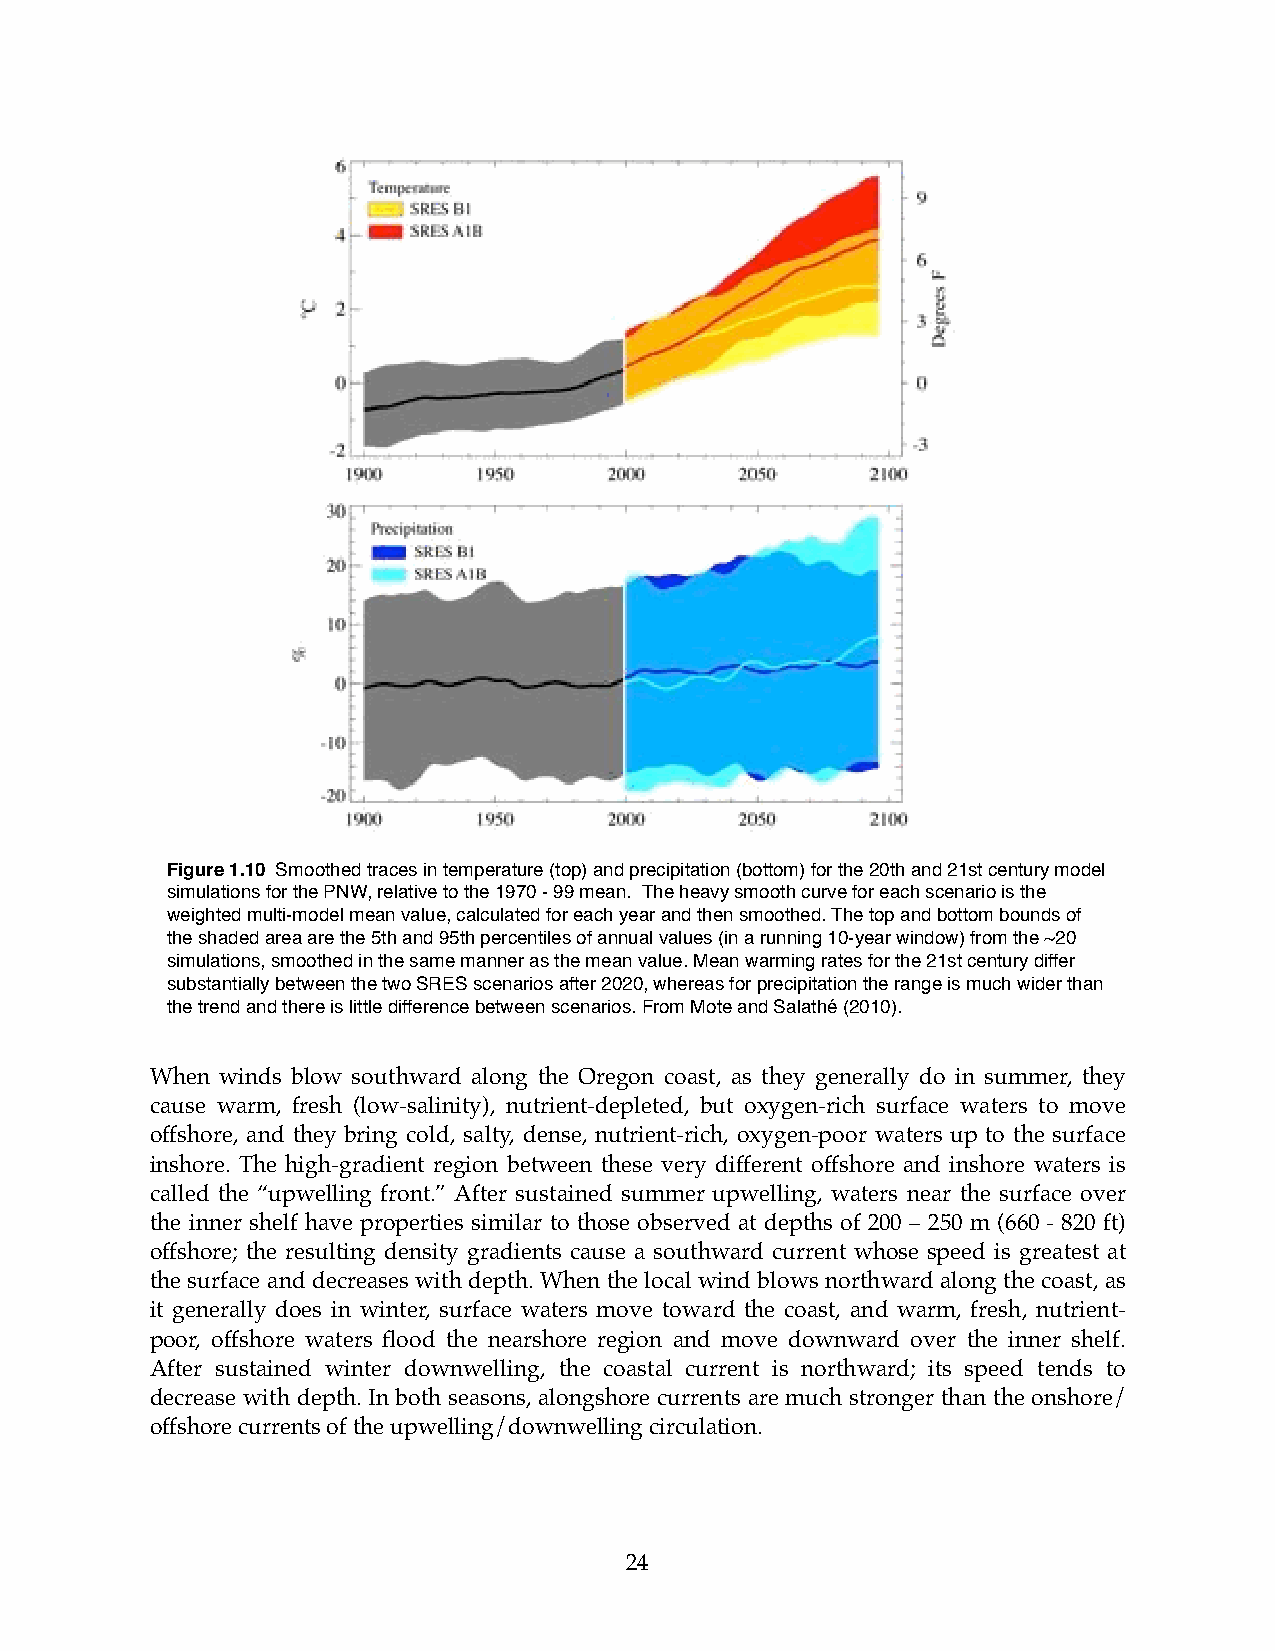
Figure 1.10 Smoothed traces in temperature (top) and precipitation (bottom) for the 20th and 21st century model
 simulations for the PNW, relative to the 1970 - 99 mean. The heavy smooth curve for each scenario is the
 weighted multi-model mean value, calculated for each year and then smoothed. The top and bottom bounds of
 the shaded area are the 5th and 95th percentiles of annual values (in a running 10-year window) from the ~20
 simulations, smoothed in the same manner as the mean value. Mean warming rates for the 21st century differ
 substantially between the two SRES scenarios after 2020, whereas for precipitation the range is much wider than
 the trend and there is little difference between scenarios. From Mote and Salathé (2010).
 When winds blow southward along the Oregon coast, as they generally do in summer, they
 cause warm, fresh (low-salinity), nutrient-depleted, but oxygen-rich surface waters to move
 offshore, and they bring cold, salty, dense, nutrient-rich, oxygen-poor waters up to the surface
 inshore. The high-gradient region between these very different offshore and inshore waters is
 called the “upwelling front.” After sustained summer upwelling, waters near the surface over
 the inner shelf have properties similar to those observed at depths of 200 – 250 m (660 - 820 ft)
 offshore; the resulting density gradients cause a southward current whose speed is greatest at
 the surface and decreases with depth. When the local wind blows northward along the coast, as
 it generally does in winter, surface waters move toward the coast, and warm, fresh, nutrient-
 poor, offshore waters flood the nearshore region and move downward over the inner shelf.
 After sustained winter downwelling, the coastal current is northward; its speed tends to
 decrease with depth. In both seasons, alongshore currents are much stronger than the onshore/
 offshore currents of the upwelling/downwelling circulation.
 24